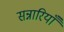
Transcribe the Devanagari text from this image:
सन्नारियाँ